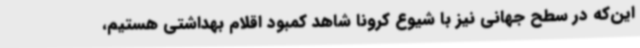
این‌که در سطح جهانی نیز با شیوع کرونا شاهد کمبود اقلام بهداشتی هستیم،